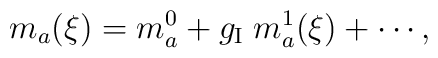
m_a(\xi) = m_a^0 + g_{\rm I}\;  m_a^1(\xi) + \cdots  ,